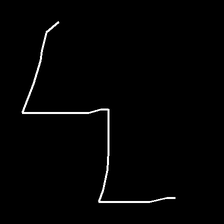
Glyph: crush